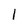
Character: 1